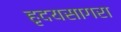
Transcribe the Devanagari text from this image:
हृदयसागरा